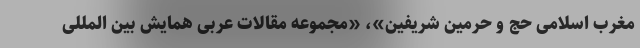
مغرب اسلامی حج و حرمین شریفین»، «مجموعه مقالات عربی همایش بین المللی